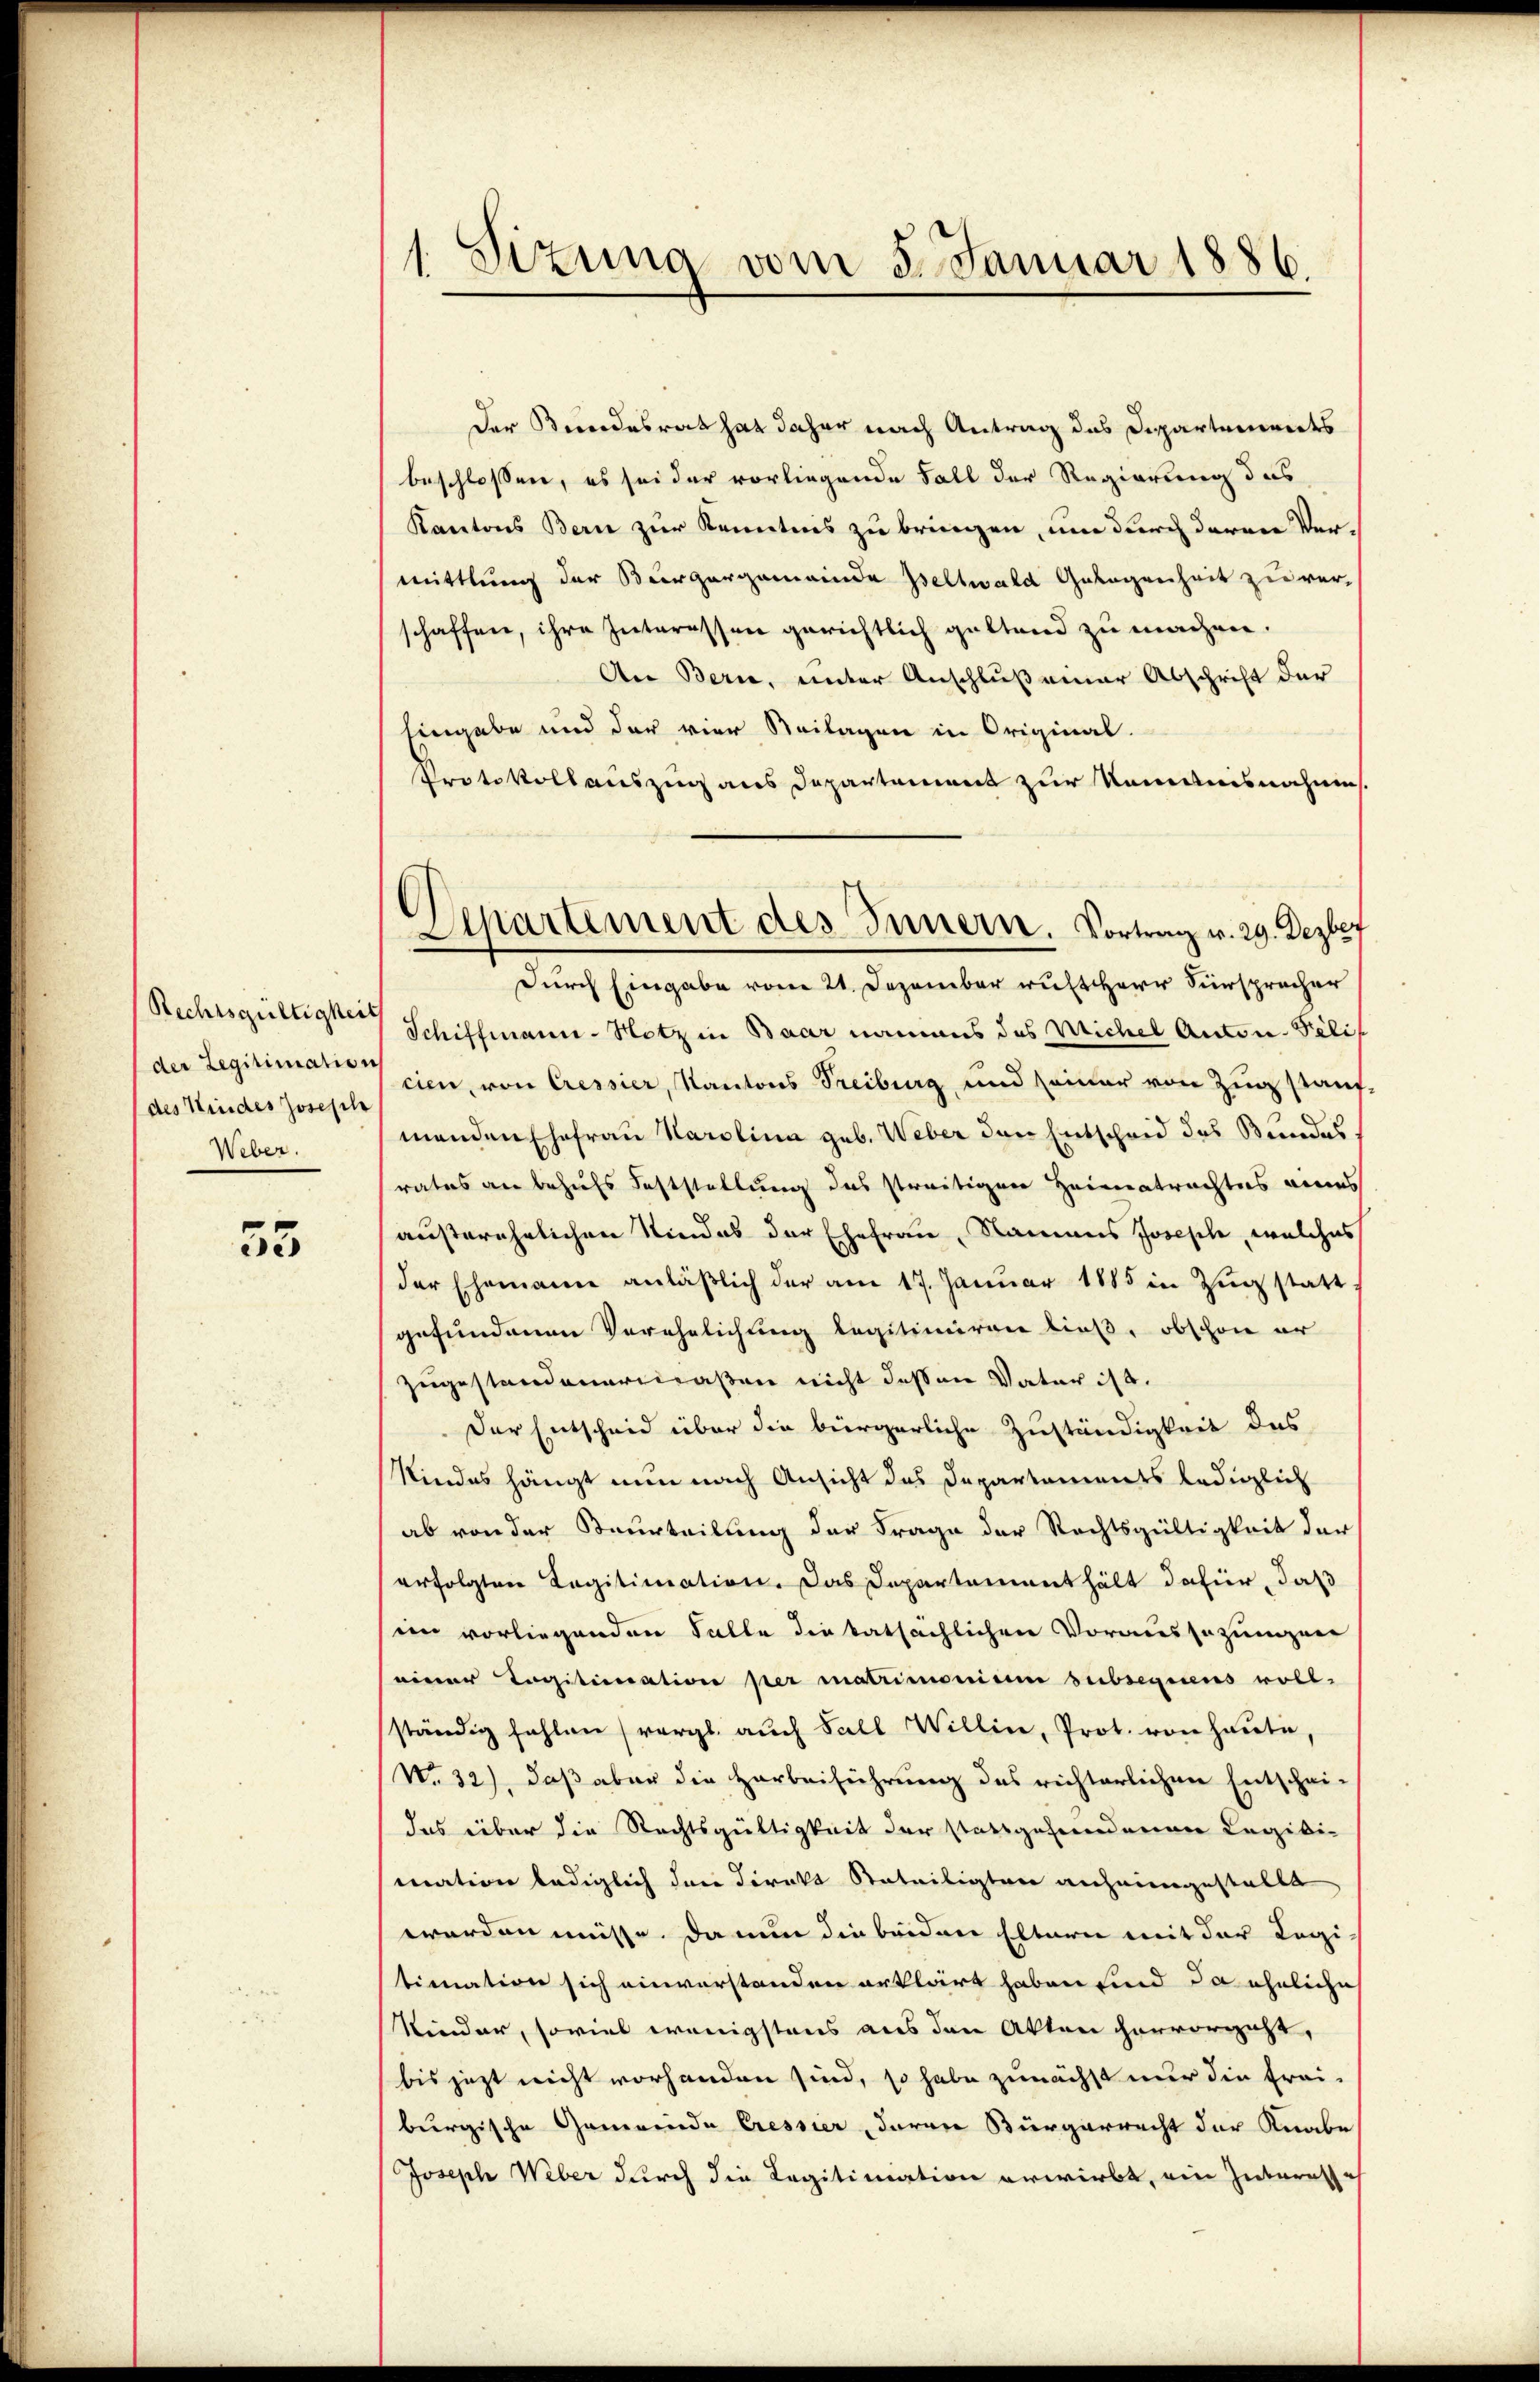
der Legitimation
des Kindes Joseph
Weber.

55

1. Sizung vom 5. Januar 1886.

Der Bundesrat hat daher nach Antrag des Dipartements
beschlossen, es sei der vorliegende Fall der Regierung das
Kantons Bern zur Kenntnis zu bringen, um durch derene Vermittlung der Burgergemeinde Zeltwald Gelegenheit zu ver-
schaffen, ihre Interessen gerichtlich geltend zu machen.
An Bern, unter Anschluß einer Abschrift der
Eingabe und der vier Beilagen in Original-
Protokollauszug aus Departement zur Kenntnisnahme
Durch Eingabe vom 21. Dezember ruht Herr Fürspracher
Rechtsgültigten Schiffmann-Hotz in Baar namens des Michel Anton Pilis
cien, von Cressier, Kantons Treiburg, und seiner von Zug stauf
manden Ehefrau Karolina geb. Weber der Entscheid des Bundesrates an behufs Feststellung das streitigen Heimatrachtes eines
außerehelichen Kindes der Ehefrau, Namens Joseph, welches
(der Ehemanne anläβlich der am 17. Janŭar 1885 in Zŭg statt
gefundenen Verehelichung legitimiren ließ, obschon er
zugestandenermaßen nicht dessen Vater ist.
Der Entscheid über die bürgerliche Zuständigkeit des
Kindes hängt nun nach Ansicht das Departaments lediglich
ab von der Beurteilung der Frage der Rechtsgültigkeit der
erfolgten Legitimation. Das Departementhält dafür, daß
sim vorliegenden Falle die tatsächlichen Voraussezungene
einer Capiticiation per matrimonium subsequens voll-
ständig fehlen (vergl. auch Fall Willin, Prot. von Haute,
(No 32), daß aber die Harbeiführung des richterlichen Entschei-
das über die Rechtsgültigkeit der stattgefundenen Legiti-
mation lediglich der Direkt Anteiligten anheimgestellt
werden müsse. Da nun die beiden Eltern mit der Logi
timnation sich einverstanden erklärt haben sind da ähnliche
Kinder, soviel wenigstens aus den Akten hervorgeht,
bis jetzt nicht vorhanden sind, so habe zunächst nur die Frei-
burgische Gemeinde Cressier, daran Bürgerrecht der Knabe
Joseph Weber durch die Legitimation erwirbt, ein Interesse

Departement des Innern. Vortrag v. 29. Dezber